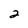
Character: 2